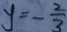
y = - \frac { 2 } { 3 }